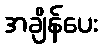
အချိန်ပေး